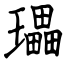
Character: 瓃